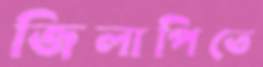
জিলাপিতে